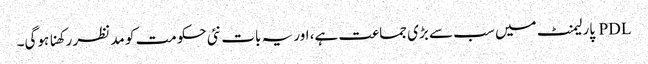
PDL پارلیمنٹ میں سب سے بڑی جماعت ہے، اور یہ بات نئی حکومت کو مد نظر رکھنا ہوگی۔